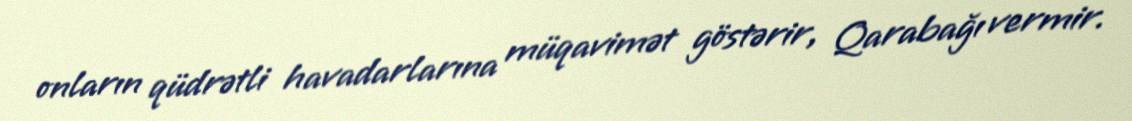
onların qüdrətli havadarlarına müqavimət göstərir, Qarabağı vermir.